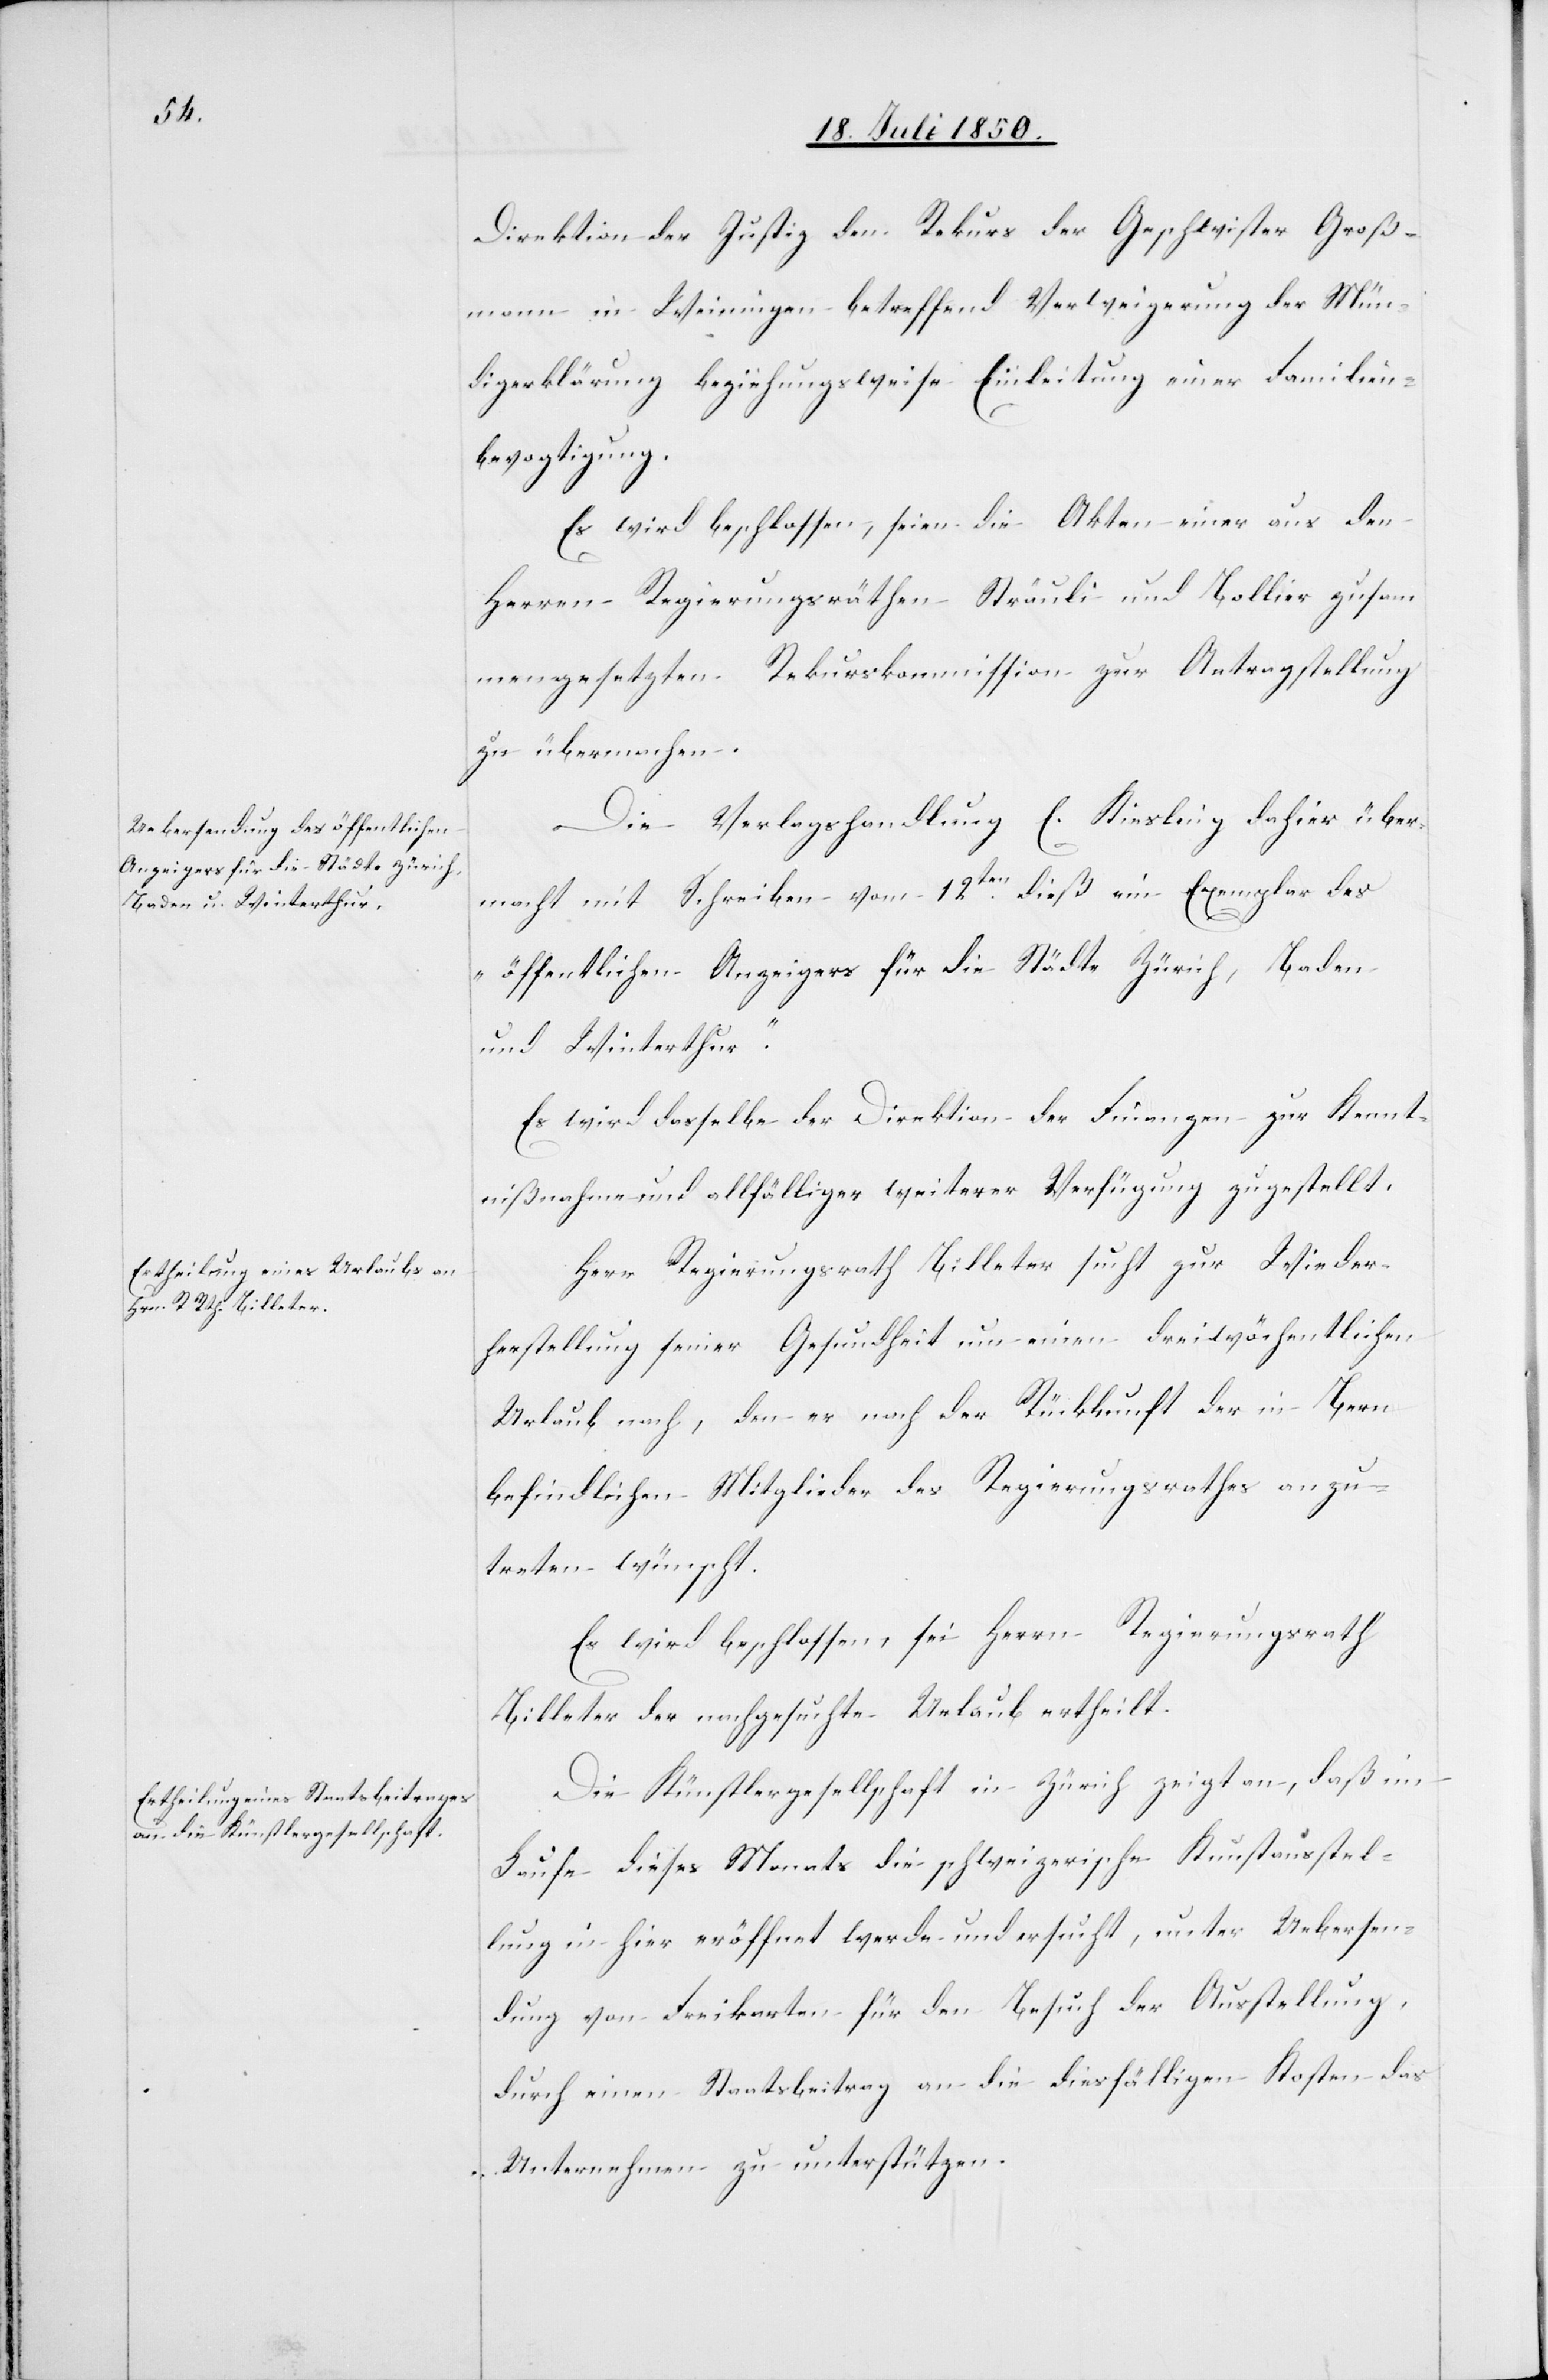
Direktion der Justiz den Rekurs der Geschwister Groß¬
mann in Weiningen betreffend Verweigerung der Mün¬
digerklärung beziehungsweise Einleitung einer Familien¬
bevogtigung.
Es wird beschlossen, seien die Akten einer aus den
Herren Regierungsräthen Sträuli und Bollier zusam¬
mengesetzten Rekurskommission zur Antragstellung
zu übermachen.
Die Verlagshandlung E. Kiesling dahier über¬
macht mit Schreiben vom 12ten dieß ein Exemplar des
„öffentlichen Anzeigers für die Städte Zürich, Baden
und Winterthur“.
Es wird dasselbe der Direktion der Finanzen zur Kennt¬
nißnahme und allfälliger weiterer Verfügung zugestellt.
Herr Regierungsrath Billeter sucht zur Wieder¬
herstellung seiner Gesundheit um einen dreiwöchentlichen
Urlaub nach, den er nach der Rückkunft der in Bern
befindlichen Mitglieder des Regierungsrathes anzu¬
treten wünscht.
Es wird beschlossen, sei Herrn Regierungsrath
Billeter der nachgesuchte Urlaub ertheilt.
Die Künstlergesellschaft in Zürich zeigt an, daß im
Laufe dieses Monats die schweizerische Kunstausstel¬
lung in hier eröffnet werde und ersucht, unter Uebersen¬
dung von Freikarten für den Besuch der Ausstellung,
durch einen Staatsbeitrag an die diesfälligen Kosten das
Unternehmen zu unterstützen.